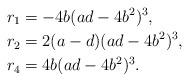
LaTeX: \begin{align*}& r_1 = -4b(ad-4b^2)^3, \\& r_2 = 2(a-d)(ad-4b^2)^3, \\& r_4 = 4b(ad-4b^2)^3.\end{align*}